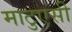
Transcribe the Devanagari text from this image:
माटुएसी